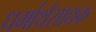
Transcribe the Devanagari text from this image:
धर्मार्थसाधक